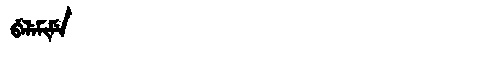
Manchu: ᠪᡝᠯᡝᠮᡳᠮᡝ
Romanization: BELEMIME